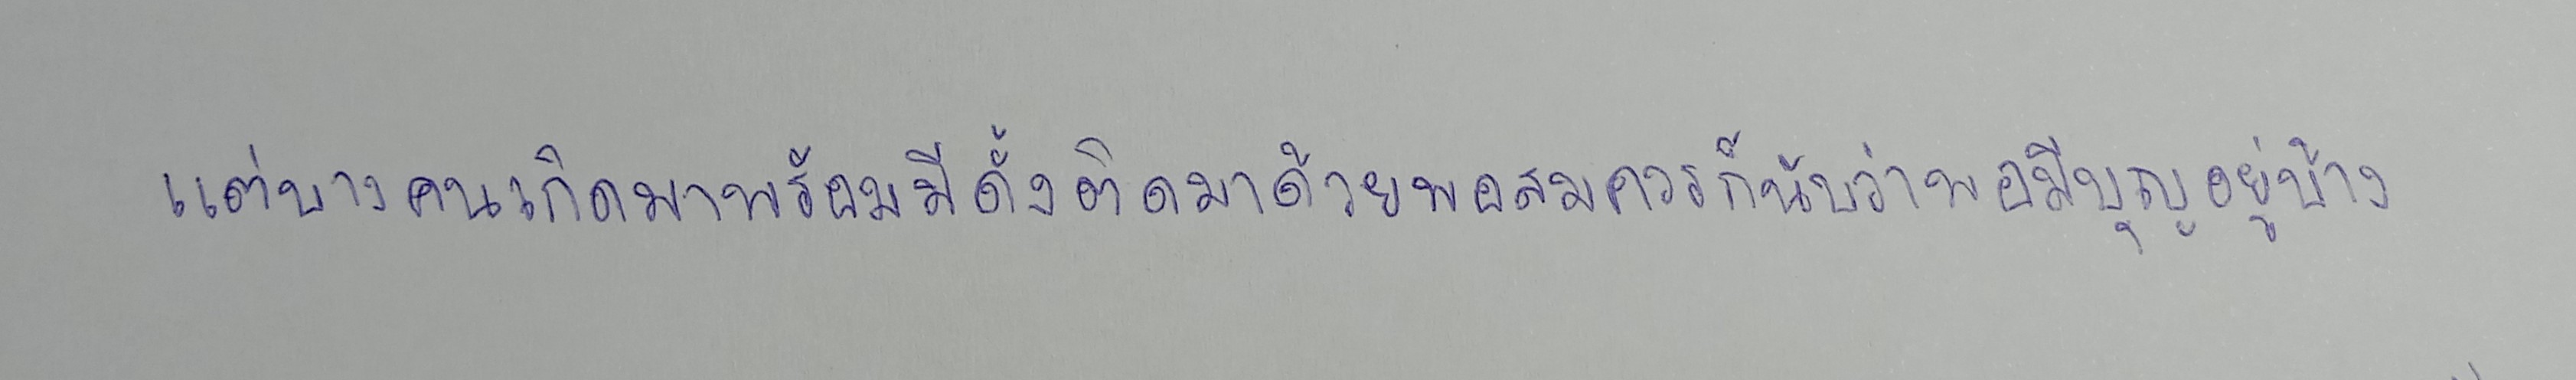
แต่บางคนเกิดมาพร้อมมีดั้งติดมาด้วยพอสมควรก็นับว่ายังพอมีบุญอยู่บ้าง